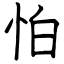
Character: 怕